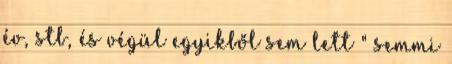
év, stb, és végül egyikből sem lett " semmi